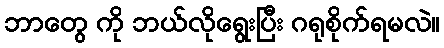
ဘာတွေ ကို ဘယ်လိုရွေးပြီး ဂရုစိုက်ရမလဲ။